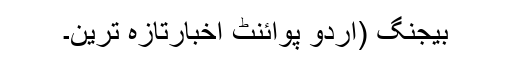
بیجنگ (اُردو پوائنٹ اخبارتازہ ترین۔